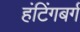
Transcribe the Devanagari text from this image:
हंटिंगबर्ग